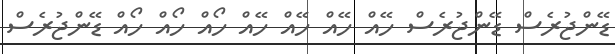
ޑޭންޖުރެސް ޑޭންޖުރެސް ހޭއް ހޭއް ހޭއް ހޭއް ހޯއް ހޯއް ހޯއް ޑޭންޖުރެސް